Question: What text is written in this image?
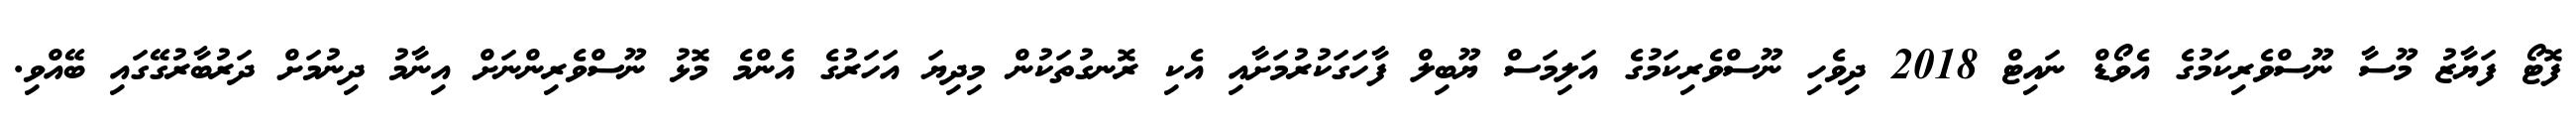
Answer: ފޮޓޯ ފަޔާޒު މޫސާ ނޫސްވެރިކަމުގެ އެވޯޑް ނައިޓް 2018 ދިވެހި ނޫސްވެރިކަމުގެ އަލިމަސް ޔޫބިލް ފާހަގަކުރުމަށާއި އެކި ރޮނގުތަކުން މިދިޔަ އަހަރުގެ އެންމެ މޮޅު ނޫސްވެރިންނަށް އިނާމު ދިނުމަށް ދަރުބާރުގޭގައި ބޭއްވި.